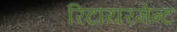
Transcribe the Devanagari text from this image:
रिटायरमेन्ट